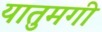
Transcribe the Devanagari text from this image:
यातुमगी